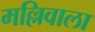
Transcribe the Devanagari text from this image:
मल्लिवाला